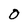
Character: O